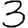
Digit: 3